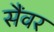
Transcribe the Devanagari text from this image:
सैंवर